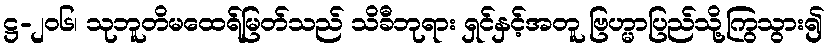
ဋ္ဌ-၂၀၆၊ သုဘူတိမထေရ်မြတ်သည် သိခီဘုရား ရှင်နှင့်အတူ ဗြဟ္မာပြည်သို့ကြွသွား၍